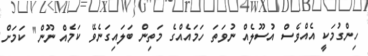
ހިންގުމަކީ އެއްވެސް އުސޫލެއް ނުވަތަ ހަމައެއްގެ މަތިން ބަލައިގަނެވޭ ކަމެއް ނޫން" ކަމަށް